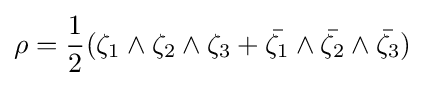
\rho ={\frac {1}{2}}(\zeta _{1}\wedge \zeta _{2}\wedge \zeta _{3}+{\bar {\zeta _{1}}}\wedge {\bar {\zeta _{2}}}\wedge {\bar {\zeta _{3}}})